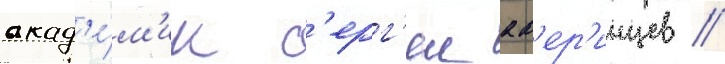
акад'е́м'ик с'ерг'еи ав'ер'инцев //